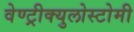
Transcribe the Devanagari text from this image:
वेण्ट्रीक्युलोस्टोमी